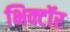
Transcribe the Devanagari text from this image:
भिक्टॉर